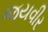
જયવીર